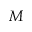
M